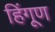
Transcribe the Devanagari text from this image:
हिंगूण